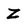
Character: Z